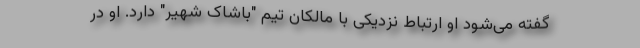
گفته می‌شود او ارتباط نزدیکی با مالکان تیم "باشاک شهیر" دارد. او در